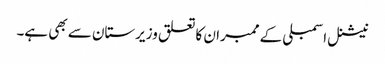
نیشنل اسمبلی کے ممبران کا تعلق وزیرستان سے بھی ہے۔